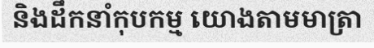
និងដឹកនាំកុបកម្ម យោងតាមមាត្រា